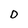
Character: D